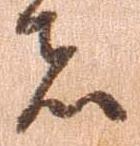
者